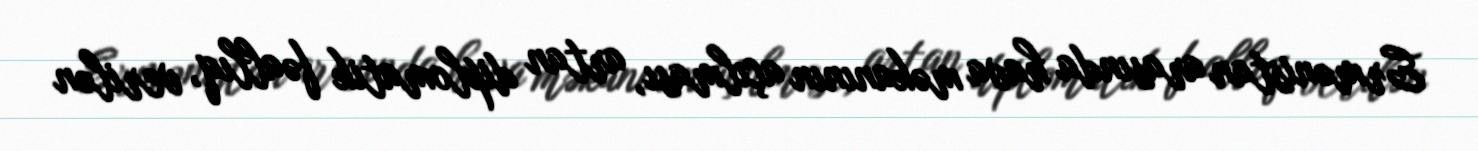
Ermənistan arasında hava məkanının açılması, artan diplomatik fəallıq, verilən